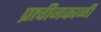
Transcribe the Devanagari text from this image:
प्राचीनकाळीं